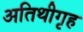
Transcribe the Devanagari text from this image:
अतिथीगृह